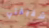
شقيقتي